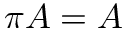
\pi A = A